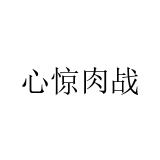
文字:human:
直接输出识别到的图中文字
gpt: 心惊肉战